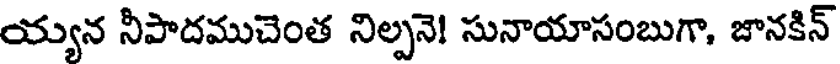
య్యన నీపాదముచెంత నిల్పనె! సునాయాసంబుగా, జానకిన్